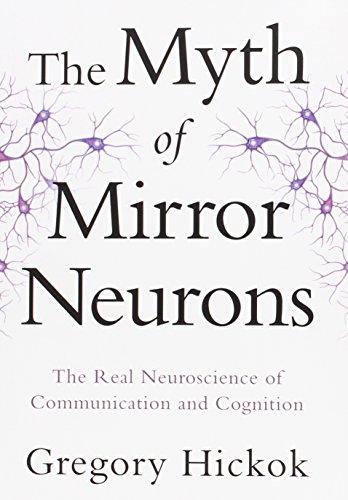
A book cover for The Myth of Mirror Neurons: The Real Neuroscience of Communication and Cognition; Gregory Hickok; Science & Math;